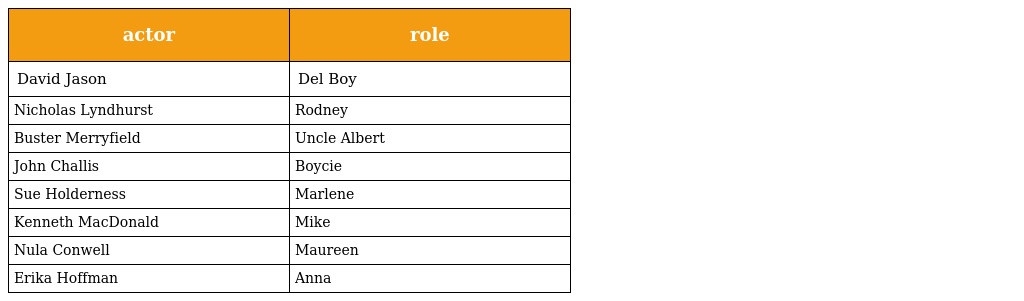
| actor | role |
 | --- | --- |
 | David Jason | Del Boy |
 | Nicholas Lyndhurst | Rodney |
 | Buster Merryfield | Uncle Albert |
 | John Challis | Boycie |
 | Sue Holderness | Marlene |
 | Kenneth MacDonald | Mike |
 | Nula Conwell | Maureen |
 | Erika Hoffman | Anna |